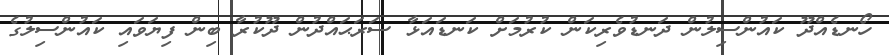
ހޯނޑެއްދޫ ކައުންސިލުން ދަނޑުވެރިކަން ކުރުމަށް ކަނޑައަޅާ ސަރަޙައްދުން ދޫކުރާ ބިން ފިޔަވައި ކައުންސިލުގެ